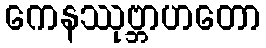
ကေနဿုဗ္ဘာဟတော